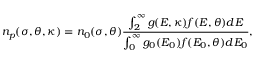
{ n _ { p } } ( \sigma , \theta , \kappa ) = { n _ { 0 } ( \sigma , \theta ) } \frac { { \int _ { 2 } ^ { \infty } { g ( E , \kappa ) f ( E , \theta ) d E } } } { { \int _ { 0 } ^ { \infty } { { g _ { 0 } } ( E _ { 0 } ) { f } ( E _ { 0 } , \theta ) d E _ { 0 } } } } ,